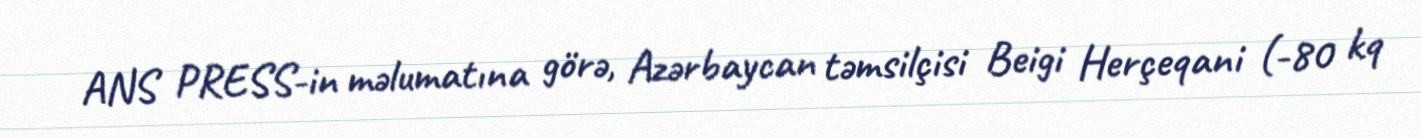
ANS PRESS-in məlumatına görə, Azərbaycan təmsilçisi Beigi Herçeqani (-80 kq